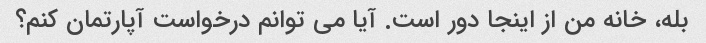
بله، خانه من از اینجا دور است. آیا می توانم درخواست آپارتمان کنم؟